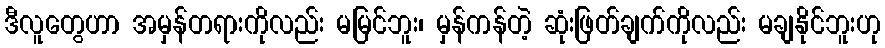
ဒီလူတွေဟာ အမှန်တရားကိုလည်း မမြင်ဘူး၊ မှန်ကန်တဲ့ ဆုံးဖြတ်ချက်ကိုလည်း မချနိုင်ဘူးဟု